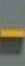
-